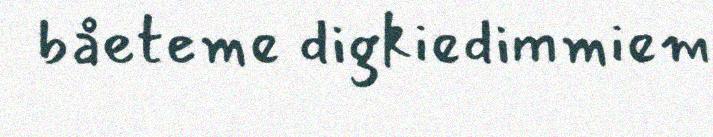
båeteme digkiedimmiem